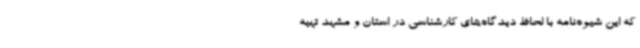
که این شیوه‌نامه با لحاظ دیدگاه‌های کارشناسی در استان و مشهد تهیه‌